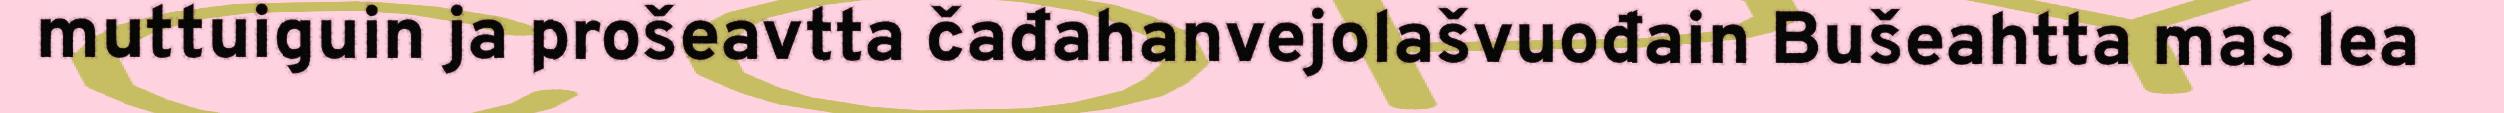
muttuiguin ja prošeavtta čađahanvejolašvuođain Bušeahtta mas lea